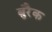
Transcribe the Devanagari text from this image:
बुरैक